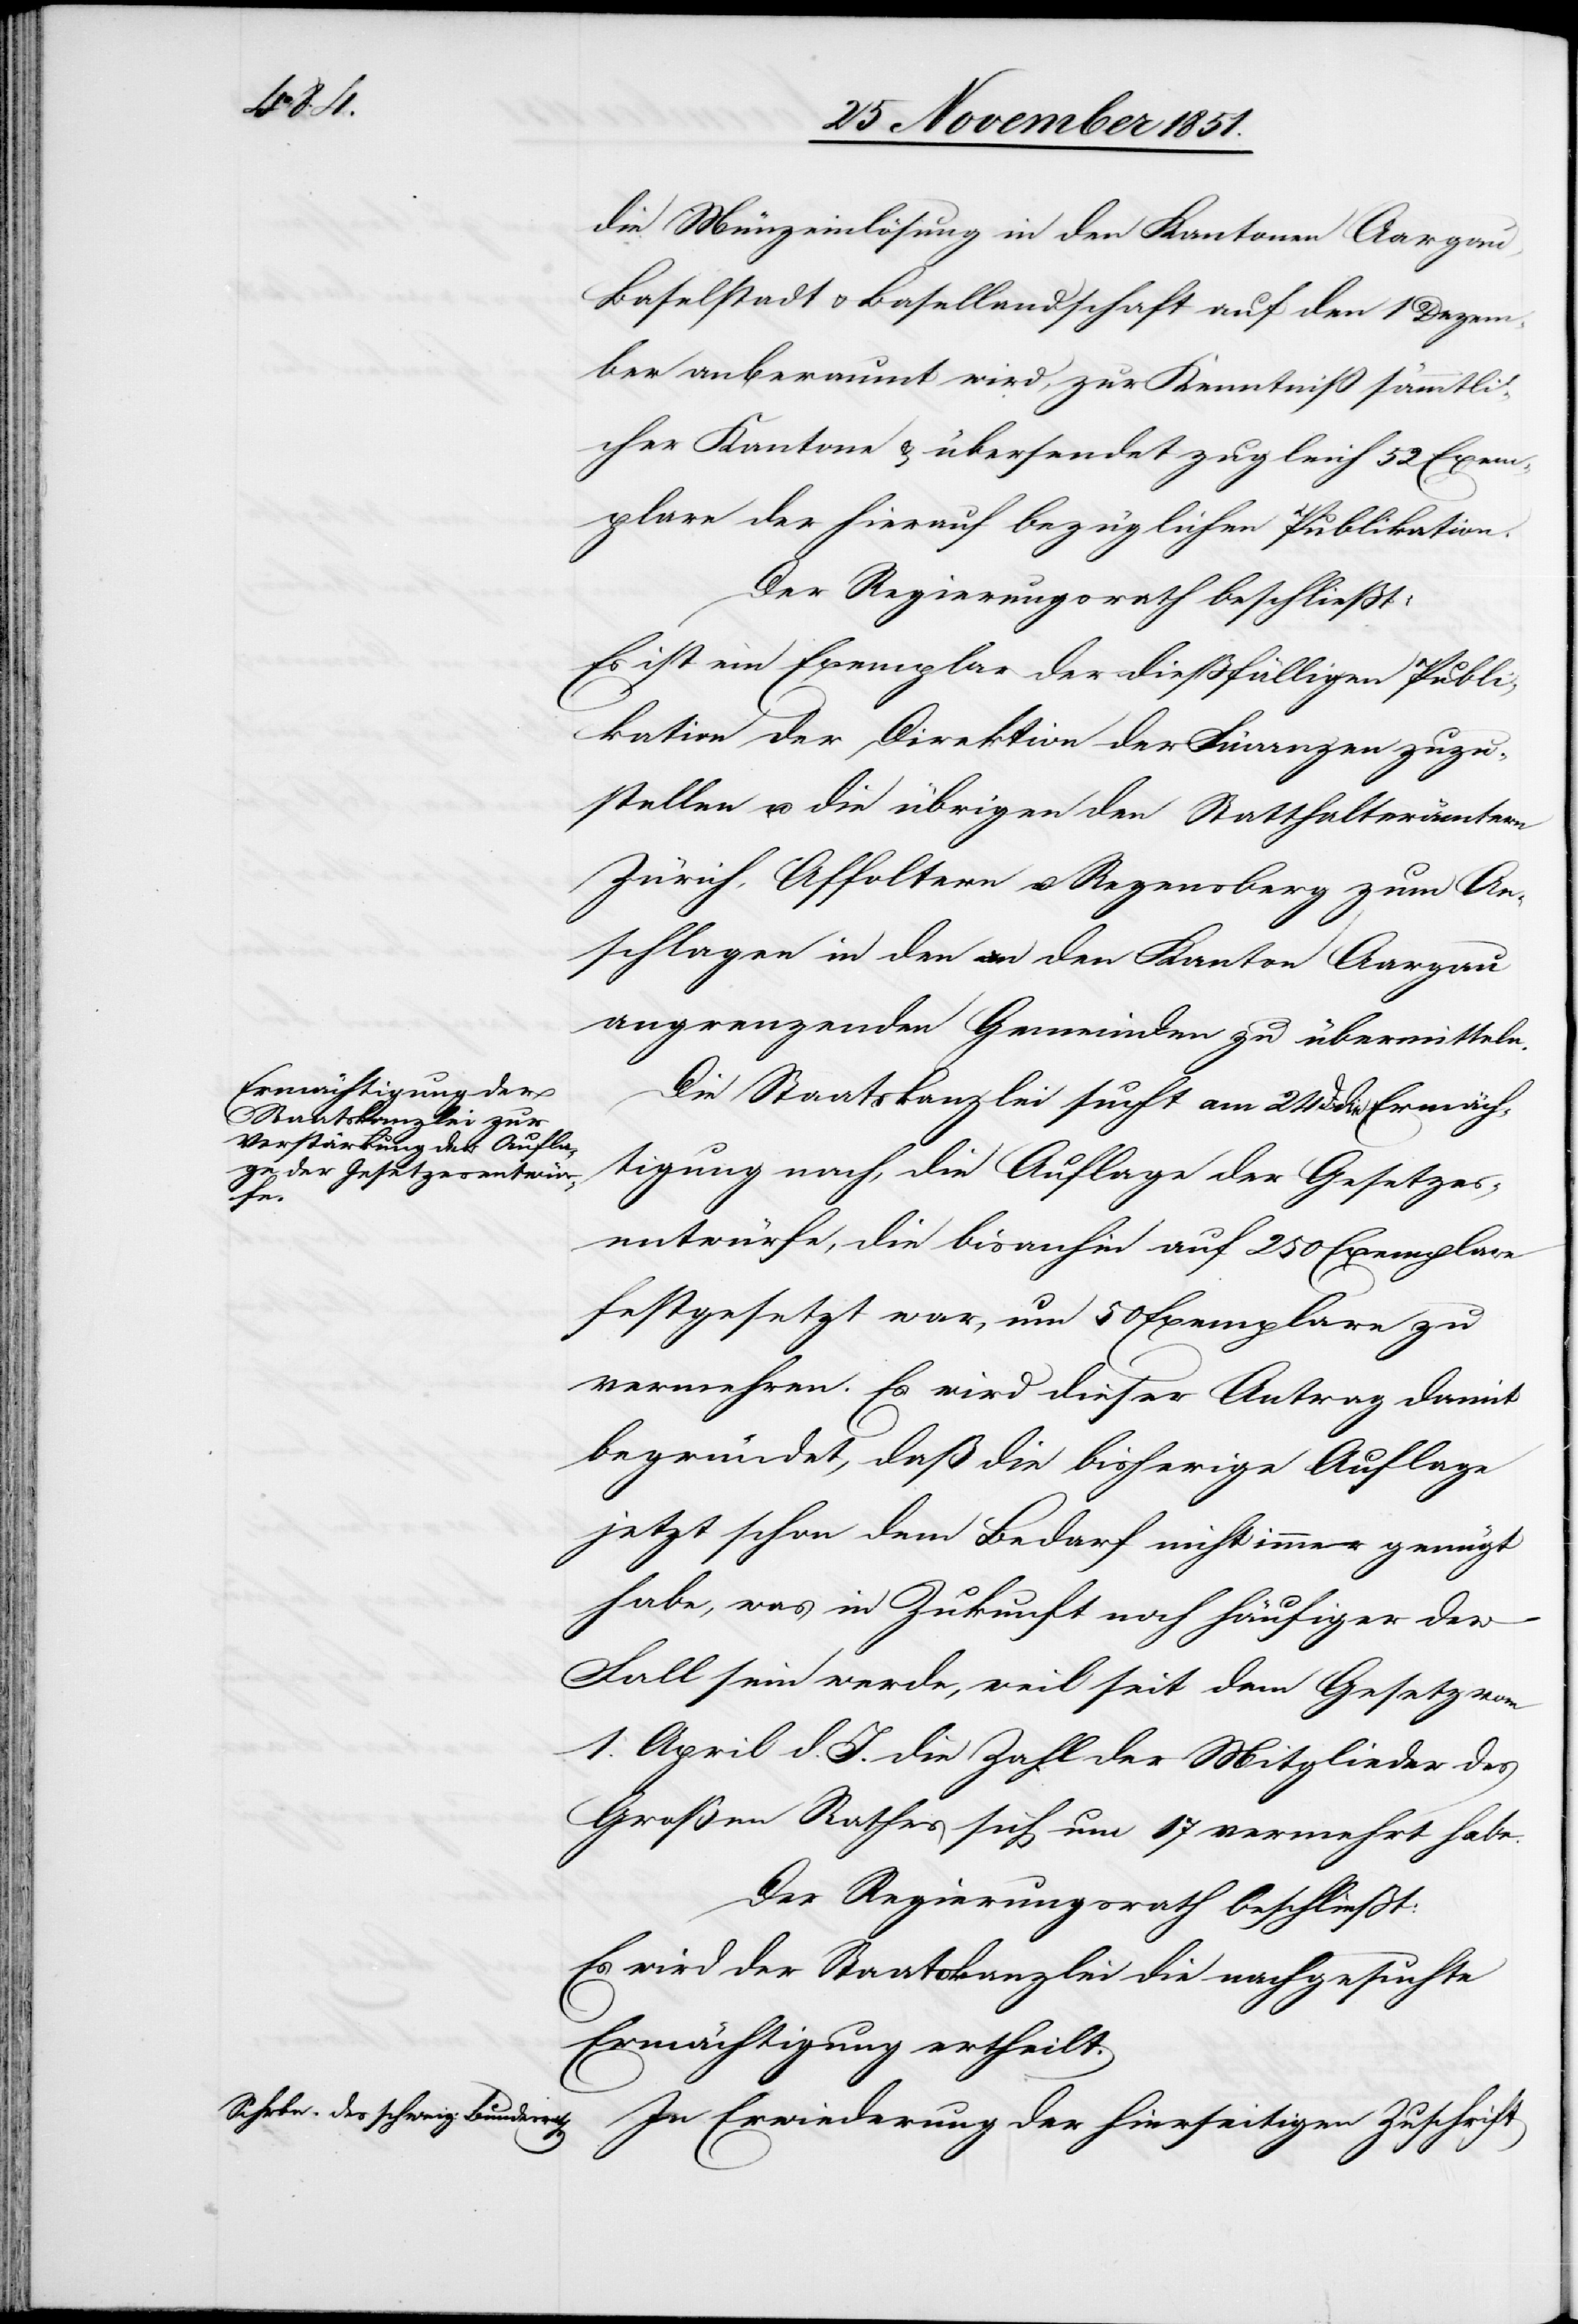
die Münzeinlösung in den Kantonen Aargau,
Baselstadt & Basellandschaft auf den 1 Dezem¬
ber anberaumt wird, zur Kenntniß sämmtli¬
cher Kantone & übersendet zugleich 52 Exem¬
plare der hierauf bezüglichen Publikation.
Der Regierungsrath beschließt:
Es ist ein Exemplar der dießfälligen Publi¬
kation der Direktion der Finanzen zuzu¬
stellen u. die übrigen den Statthalterämtern
Zürich, Affoltern u. Regensberg zum An¬
schlagen in den an den Kanton Aargau
angrenzenden Gemeinden zu übermitteln.
Die Staatskanzlei sucht am 24 d. die Ermäch¬
tigung nach, die Auflage der Gesetzes¬
entwürfe, die bisanhin auf 250 Exemplare
festgesetzt war, um 50 Exemplare zu
vermehren. Es wird dieser Antrag damit
begründet, daß die bisherige Auflage
jetzt schon dem Bedarf nicht immer genügt
habe, was in Zukunft noch häufiger der
Fall sein werde, weil seit dem Gesetz vom
1. April d. J. die Zahl der Mitglieder des
Großen Rathes sich um 17 vermehrt habe.
Der Regierungsrath beschließt:
Es wird der Staatskanzlei die nachgesuchte
Ermächtigung ertheilt.
In Erwiederung der hierseitigen Zuschrift